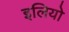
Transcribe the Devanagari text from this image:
इलियो